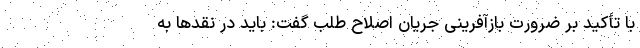
با تأکید بر ضرورت بازآفرینی جریان اصلاح طلب گفت: باید در نقدها به